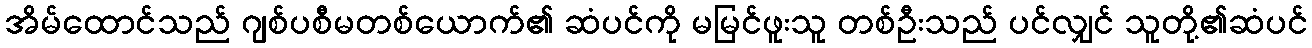
အိမ်ထောင်သည် ဂျစ်ပစီမတစ်ယောက်၏ ဆံပင်ကို မမြင်ဖူးသူ တစ်ဦးသည် ပင်လျှင် သူတို့၏ဆံပင်